Problem: 81 + 12 = ?
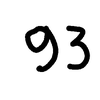
Handwritten answer: 93